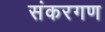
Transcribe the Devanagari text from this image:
संकरगण